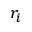
r _ { i }